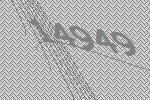
14949